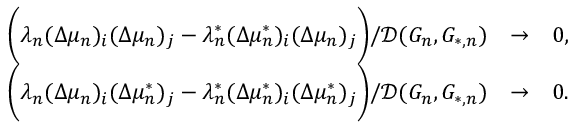
\begin{array} { r l r } { \biggr ( \lambda _ { n } ( \Delta \mu _ { n } ) _ { i } ( \Delta \mu _ { n } ) _ { j } - \lambda _ { n } ^ { * } ( \Delta \mu _ { n } ^ { * } ) _ { i } ( \Delta \mu _ { n } ) _ { j } \biggr ) / \mathcal { D } ( G _ { n } , G _ { * , n } ) } & { \to } & { 0 , } \\ { \biggr ( \lambda _ { n } ( \Delta \mu _ { n } ) _ { i } ( \Delta \mu _ { n } ^ { * } ) _ { j } - \lambda _ { n } ^ { * } ( \Delta \mu _ { n } ^ { * } ) _ { i } ( \Delta \mu _ { n } ^ { * } ) _ { j } \biggr ) / \mathcal { D } ( G _ { n } , G _ { * , n } ) } & { \to } & { 0 . } \end{array}